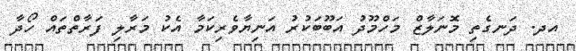
އދ. ދަނގެތި މޮނަލާޒް މަހްމޫދު އަބޫބަކުރު އަނިޔާވެރިކަމާ އެކު މަރާލި ފަރާތްތައް ހޯދާ